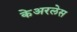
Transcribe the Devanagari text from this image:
केअरलेस